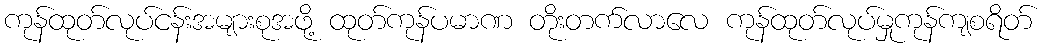
ကုန်ထုတ်လုပ်ငန်းအများစုအဖို့ ထုတ်ကုန်ပမာဏ တိုးတက်လာလေ ကုန်ထုတ်လုပ်မှုကုန်ကျစရိတ်